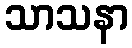
သာသနာ